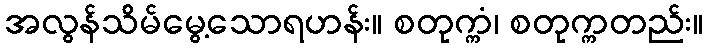
အလွန်သိမ်မွေ့သောရဟန်း။ စတုက္ကံ၊ စတုက္ကတည်း။